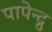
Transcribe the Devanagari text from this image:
पापेन्द्रु